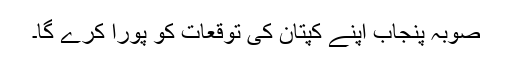
صوبہ پنجاب اپنے کپتان کی توقعات کو پورا کرے گا۔